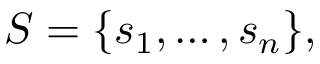
S = \{ s _ { 1 } , \ldots , s _ { n } \} ,